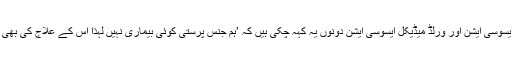
جرمن میڈیکل ایسوسی ایشن اور ورلڈ میڈیکل ایسوسی ایشن دونوں یہ کہہ چکی ہیں کہ ’ہم جنس پرستی کوئی بیماری نہیں لہٰذا اس کے علاج کی بھی ضرورت نہیں۔